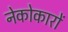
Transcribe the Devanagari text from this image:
नेकोकारों